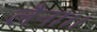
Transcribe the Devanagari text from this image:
लैना।।